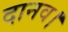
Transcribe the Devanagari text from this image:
दानव।